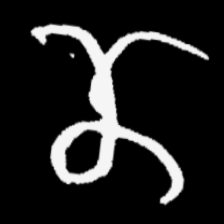
Pyu character \u2014 Myanmar letter: ဏ (romanized: nna)